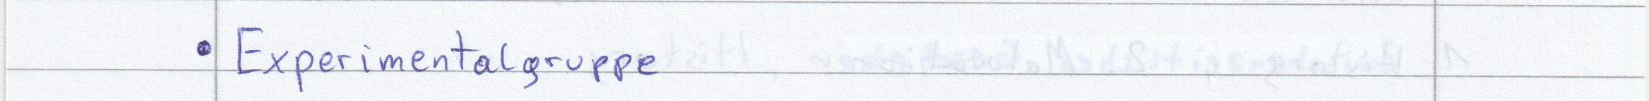
Experimentalgruppe